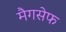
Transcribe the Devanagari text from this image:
मैगसेफ